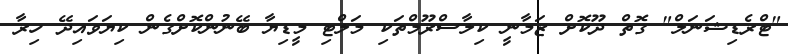
"ޓްރެޑިޝަނަލް" ގޮތް ދޫކޮށް ޒަމާނީ ކިލާސްރޫމްތަކި މަލްޓި މީޑިޔާ ބޭނުންކޮށްގެން ކިޔަވައިދޭ ހިރާ